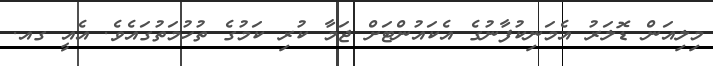
މިލިއަން ޑޮލަރު އެމަނިކުފާނުގެ އެކައުންޓަށް ޖަމާ ކުރި ކަމުގެ ތުހުމަތުގައެވެ. އެއީ ގއ.